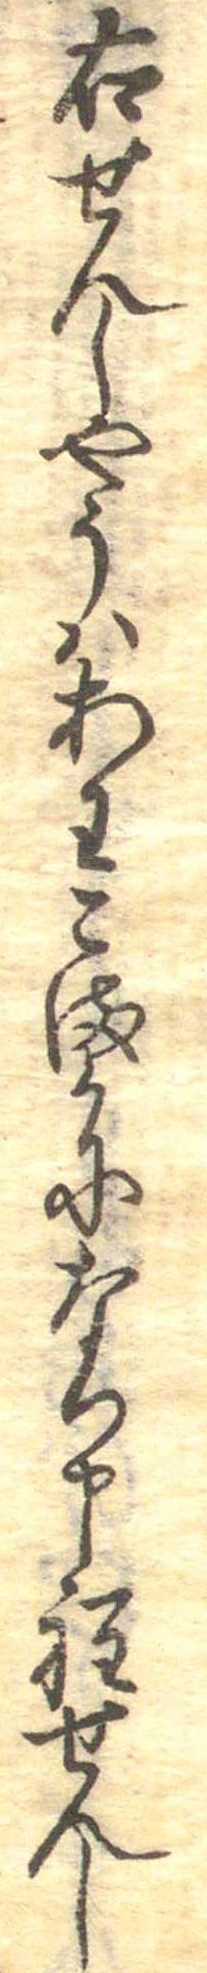
右せんしやうはあわこまかになり申程せんし